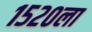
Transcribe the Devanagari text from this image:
१५२०ला